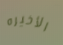
الأخيره